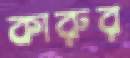
কারুর